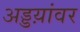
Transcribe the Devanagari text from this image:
अड्डय़ांवर